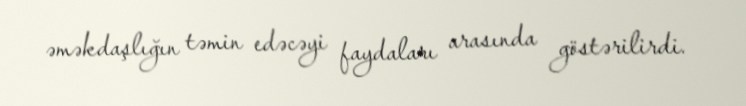
əməkdaşlığın təmin edəcəyi faydaları arasında göstərilirdi.